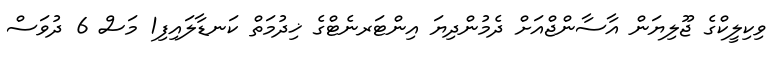
ވިކިލީކްގެ ޖޫލިޔަން އާސާންޖްއަށް ދެމުންދިޔަ އިންޓަރނެޓްގެ ޚިދުމަތް ކަނޑާލައިފި1 މަސް 6 ދުވަސް